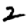
Digit: 2